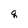
Character: q